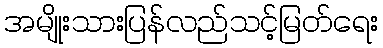
အမျိုးသားပြန်လည်သင့်မြတ်ရေး